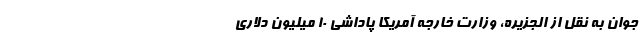
جوان به نقل از الجزیره، وزارت خارجه آمریکا پاداشی ۱۰ میلیون دلاری